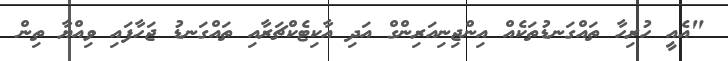
"އެއީ ހުރިހާ ތައްގަނޑުތަކެއް އިންޖިނިއަރިންގް އަދި އާކިޓެކްޗަރާއި ތައްގަނޑު ޖަހާފައި ވިއްޔާ ތިން